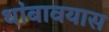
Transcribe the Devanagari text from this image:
थांबावयास